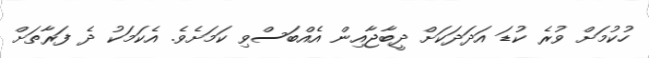
ހުކުމަށް ވުރެ ކުޑަ އަދަދަކަށް ދީބާޖާއިން އެއްބަސްވި ކަމަށެވެ. އެކަމަކު ދެ ފަރާތަށް